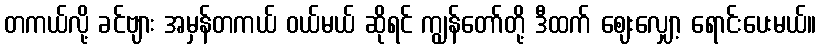
တကယ်လို့ ခင်ဗျား အမှန်တကယ် ဝယ်မယ် ဆိုရင် ကျွန်တော်တို့ ဒီထက် ဈေးလျှော့ ရောင်းပေးမယ်။